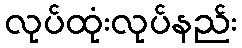
လုပ်ထုံးလုပ်နည်း